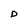
Character: D